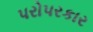
પરોપરકાર